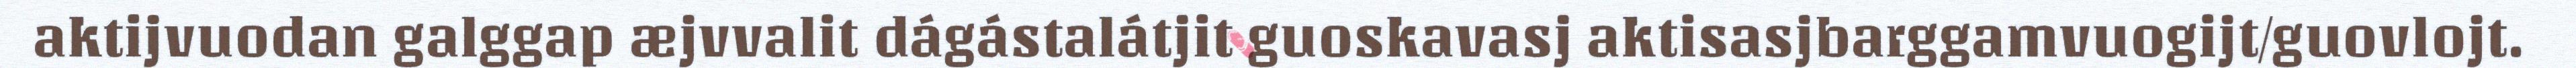
aktijvuodan galggap æjvvalit dágástalátjit guoskavasj aktisasjbarggamvuogijt/guovlojt.